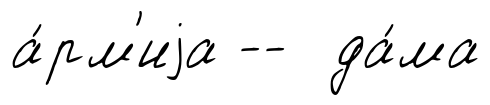
а́рм'иjа -- да́ма